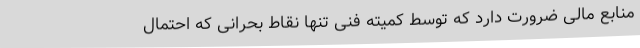
منابع مالی ضرورت دارد که توسط کمیته فنی تنها نقاط بحرانی که احتمال